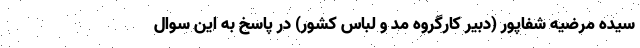
سیده مرضیه شفاپور (دبیر کارگروه مد و لباس کشور) در پاسخ به این سوال